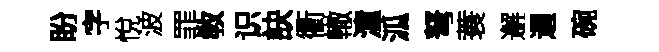
盼字悅波罪敎识訣衢轍潼泒弩蓑邂逥碗